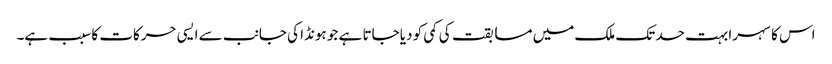
اس کا سہرا بہت حد تک ملک میں مسابقت کی کمی کو دیا جاتا ہے جو ہونڈا کی جانب سے ایسی حرکات کا سبب ہے۔